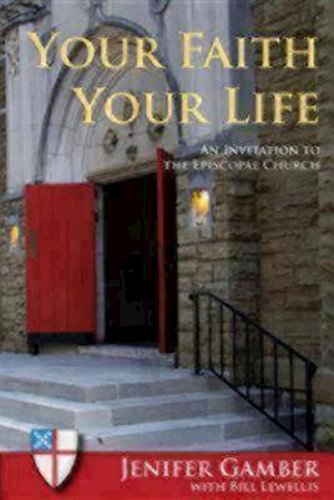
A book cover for Your Faith, Your Life: An Invitation to the Episcopal Church; Jenifer Gamber; Christian Books & Bibles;